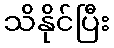
သိနိုင်ပြီး